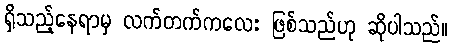
ရှိသည့်နေရာမှ လက်တက်ကလေး ဖြစ်သည်ဟု ဆိုပါသည်။